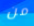
من